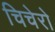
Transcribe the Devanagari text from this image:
चिचेरो